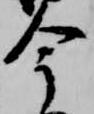
今